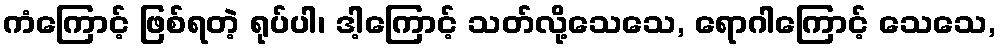
ကံကြောင့် ဖြစ်ရတဲ့ ရုပ်ပါ၊ ဒါ့ကြောင့် သတ်လို့သေသေ, ရောဂါကြောင့် သေသေ,